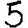
Digit: 5